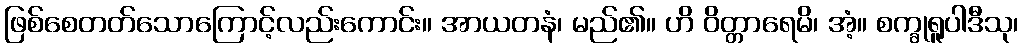
ဖြစ်စေတတ်သောကြောင့်လည်းကောင်း။ အာယတနံ၊ မည်၏။ ဟိ ဝိတ္တာရေမိ၊ အံ့။ စက္ခုရူပါဒီသု၊